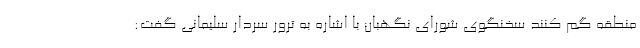
منطقه گم کنند سخنگوی شورای نگهبان با اشاره به ترور سردار سلیمانی گفت: